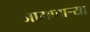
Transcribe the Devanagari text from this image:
जागणाऱ्या